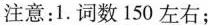
注意：1.词数150左右；